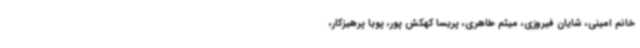
خانم امینی، شایان فیروزی، میثم طاهری، پریسا کهکش پور، پویا پرهیزکار،